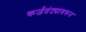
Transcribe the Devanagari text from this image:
कर्जतंट्यावरून